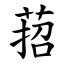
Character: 萔